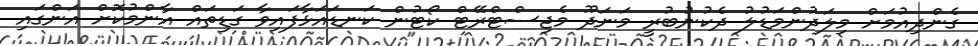
ގެންދިއުމަށް މިލަދުންމަޑުލު ދެކުނުބުރީ މަނަދޫ މެޖިސްޓްރޭޓް ކޯޓުން ކަނޑައަޅާފައިވާ ގަޑިތައް އާންމުކޮށް އަންގައި